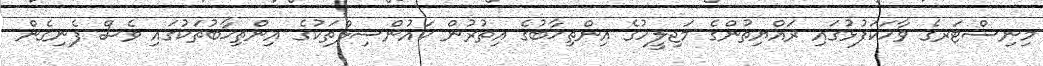
މިނިސްޓަރގެ ވާހަކަފުޅުގައި ރައްޔިތުންގެ މަޖިލީހުގެ އިންތިޚާބުގެ އިތުރުން ކައުންސިލްތަކުގެ އިންތިޚާބުތަކުގައި ވެސް ފެނިގެން